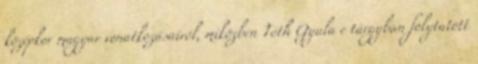
középkor magyar vonatkozásairól, miközben Tóth Gyula e tárgyban folytatott